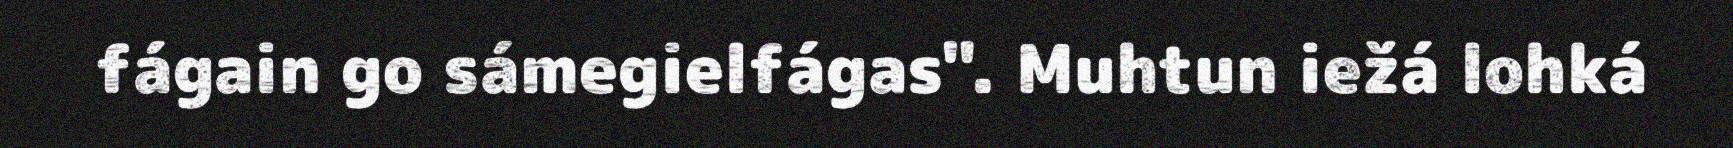
fágain go sámegielfágas". Muhtun iežá lohká